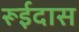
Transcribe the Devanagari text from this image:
रूईदास